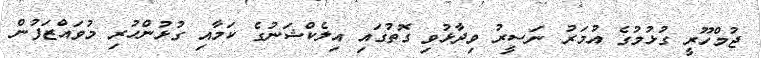
ޖުމްހޫރީ ގުޅުމުގެ އުމަރު ނަސީރު ވިދާޅުވި ގޮތުގައި އިލެކްޝަނުގެ ކަމާއި ގުޅުންހުރި މުވައްޒަފުން